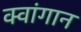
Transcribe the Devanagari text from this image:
क्वांगान